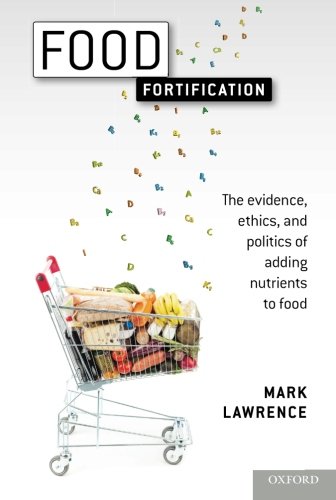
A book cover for Food Fortification: The evidence, ethics, and politics of adding nutrients to food; Mark Lawrence; Health, Fitness & Dieting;